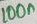
Text: 100n